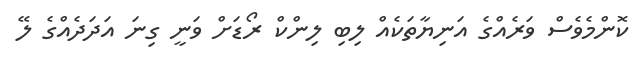
ކޮންމެވެސް ވަރެއްގެ އަނިޔާތަކެއް ލިބި ލިންކް ރޯޑަށް ވަނީ ގިނަ އަދަދެއްގެ ލޭ